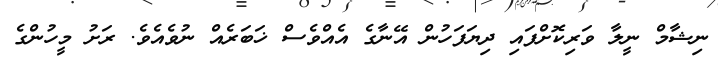
ނިޝާމް ނީލާ ވަރިކޮށްފައި ދިޔަފަހުން އޭނާގެ އެއްވެސް ޚަބަރެއް ނުވެއެވެ. ރަށު މީހުންގެ